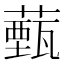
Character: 薽